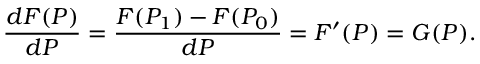
{ \frac { d F ( P ) } { d P } } = { \frac { F ( P _ { 1 } ) - F ( P _ { 0 } ) } { d P } } = F ^ { \prime } ( P ) = G ( P ) . \,